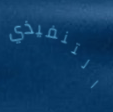
التنفيذي